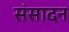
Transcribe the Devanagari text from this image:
संसादन